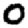
Digit: 0